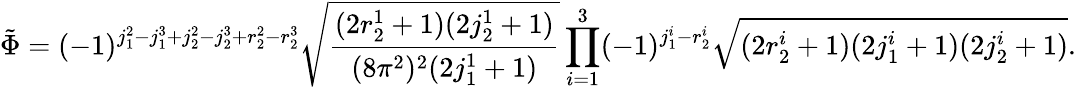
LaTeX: \tilde{\Phi}=(-1)^{j_{1}^{2}-j_{1}^{3}+j_{2}^{2}-j_{2}^{3}+r_{2}^{2}-r_{2}^{3}}\sqrt{\frac{(2r_{2}^{1}+1)(2j_{2}^{1}+1)}{(8\pi^{2})^{2}(2j_{1}^{1}+1)}}\prod_{i=1}^{3}(-1)^{j_{1}^{i}-r_{2}^{i}}\sqrt{(2r_{2}^{i}+1)(2j_{1}^{i}+1)(2j_{2}^{i}+1)}.